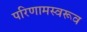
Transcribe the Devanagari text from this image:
परिणामस्वरूव